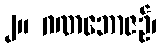
၂။ ဂဏဘောဇဉ်၊